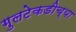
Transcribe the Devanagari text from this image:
गुलटेकडीच्या